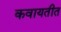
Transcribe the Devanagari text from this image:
कवायतीत